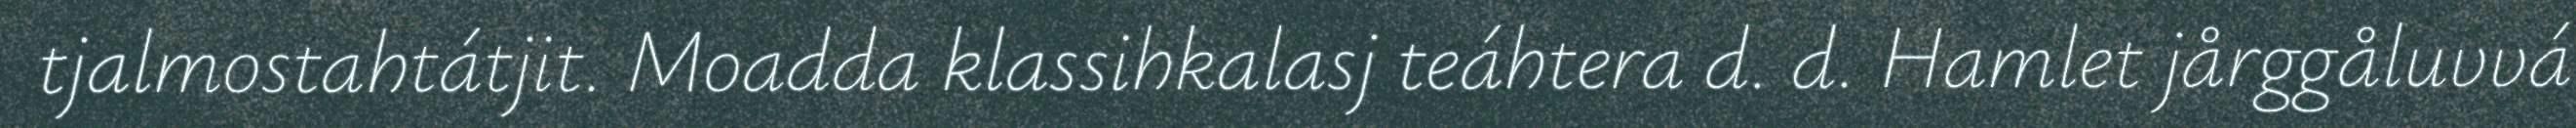
tjalmostahtátjit. Moadda klassihkalasj teáhtera d. d. Hamlet jårggåluvvá